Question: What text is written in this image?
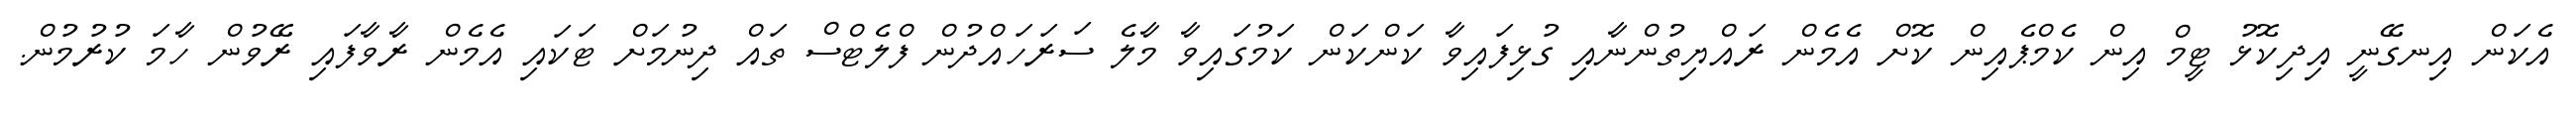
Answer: އެކަން އިނގޭނީ އިދިކޮޅު ޓީމް އިން ކެމްޕެއިން ކޮށް އެމެން ރައްޔިތުންނާއި ގުޅިފައިވާ ކަންކަން ކަމުގައިވާ މާލެ ސަރަހައްދުން ފްލެޓްސް ތައް ދިނުމަށް ޓަކައި އެމެން ރާވާފައި ރޭވުން ހާމަ ކުރުމުން.